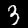
Label: 3